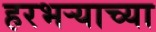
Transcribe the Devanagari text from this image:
हरभर्‍याच्या